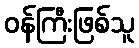
ဝန်ကြီးဖြစ်သူ